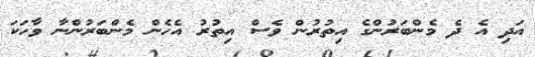
އަދި އެ ދެ މެންބަރުންގެ އިތުރުން ވެސް އިތުރު އެހެން މެންބަރުންނާ ވާހަކަ